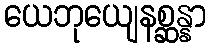
ယေဘုယျေနစ္ဆန္နာ